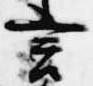
言